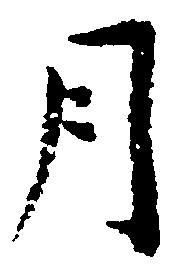
月